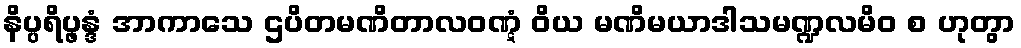
နိပ္ပရိပ္ဖန္ဒံ အာကာသေ ဌပိတမဏိတာလဝဏ္ဋံ ဝိယ မဏိမယာဒါသမဏ္ဍလမိဝ စ ဟုတွာ